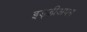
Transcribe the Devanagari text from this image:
इड्डीअपम